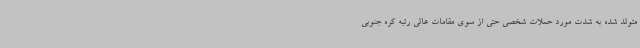
متولد شده به شدت مورد حملات شخصی حتی از سوی مقامات عالی رتبه کره جنوبی